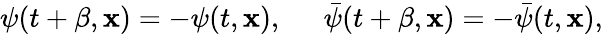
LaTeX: \psi(t+\beta,{\mathbf x})=-\psi(t,{\mathbf x}),\ \ \, \ \ \ \bar{\psi}(t+\beta,{\mathbf x})=-\bar{\psi}(t,{\mathbf x}),